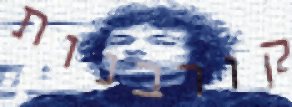
קורבנות